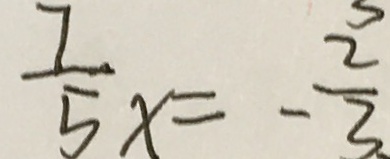
\frac { 7 } { 5 } x = - \frac { 2 } { 3 }